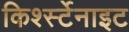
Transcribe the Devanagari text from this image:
किर्श्स्टेनाइट